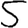
Digit: 5